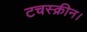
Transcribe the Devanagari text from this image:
टचस्क्रीन।